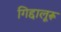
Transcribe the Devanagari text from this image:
गिद्दालूरू